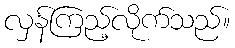
လှန်ကြည့်လိုက်သည်။